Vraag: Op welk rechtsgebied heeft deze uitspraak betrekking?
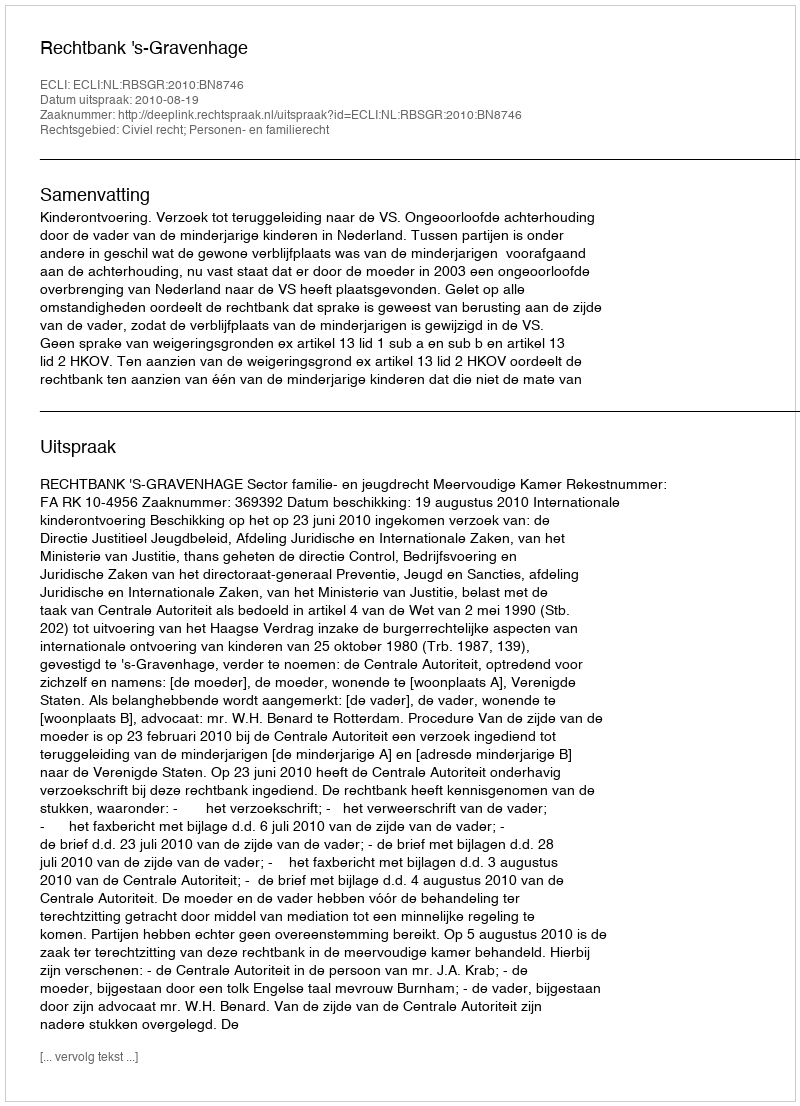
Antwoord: Civiel recht; Personen- en familierecht